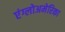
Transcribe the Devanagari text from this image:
एंग्लोअमेरिका